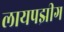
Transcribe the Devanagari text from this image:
लायपझीग